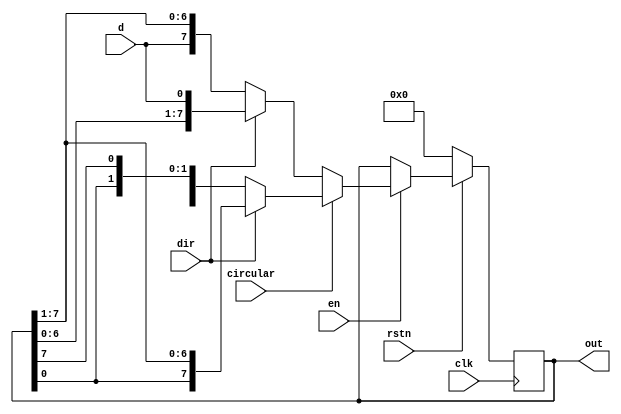
module bidir_shift_reg #(parameter MSB=8) (
  input d,
  input clk,
  input en,
  input dir,
  input circular,
  input rstn,
  output reg [MSB-1:0] out
);
always @(posedge clk) begin
  if (!rstn)
    out <= 0;
  else begin
    if (en) begin
      if (circular) begin
        if (dir)
          out <= {out[0], out[MSB-1:1]};
        else
          out <= {out[MSB-2:0], out[MSB-1]};
      end 
      else begin
        if (dir)
          out <= {out[MSB-2:0], d};
        else
          out <= {d, out[MSB-1:1]};
      end
    end 
    else
      out <= out;
  end
end
endmodule